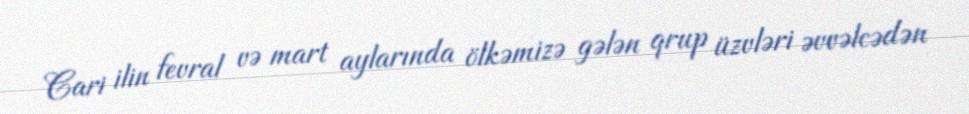
Cari ilin fevral və mart aylarında ölkəmizə gələn qrup üzvləri əvvəlcədən